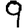
Digit: 9